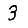
Digit: 3